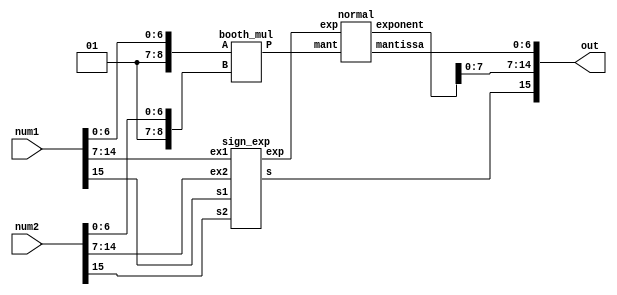
module float_mul_maskless(input [0:15] num1,input [0:15] num2,output [0:15] out);//,output wire [0:10] mask,output wire [0:9] exp);
  
    wire s1,s2;
    wire [0:7] ex1,ex2;
    wire [0:8] m1,m2;
    
    wire s;
    wire [0:9] exp;
    wire [0:10] mant;
    //wire [0:10] mask;
    wire [0:9] exponent;
    wire [0:6] mantissa;
    
    assign s1=num1[0];
    assign s2=num2[0];
    assign ex1=num1[1:8];
    assign ex2=num2[1:8];
    assign m1={2'b01,num1[9:15]};//mantissa is not signed so we add 0 so that booth multiplier considers both as positive numbers
    assign m2={2'b01,num2[9:15]};//1 is added because only decimal value is written in mantissa
    
    sign_exp se(s1,s2,ex1,ex2,s,exp);
    booth_mul bm(m1,m2,mant);
    normal nz(mant,exp,exponent,mantissa);
    
    assign out={s,exponent[2:9],mantissa};
endmodule

module sign_exp(input s1,input s2,input [0:7] ex1,input [0:7] ex2,output s,output [0:9] exp);
    assign s=s1^s2;
    assign exp={2'b0,ex1}+{2'b0,ex2}-10'd254;    
endmodule

module normal(input [0:10] mant,input [0:9] exp,output [0:9] exponent,output [0:6] mantissa);
   assign mantissa=mant[2:8];
   assign exponent=exp+1'b1+10'd127;
endmodule


module booth_mul(input wire [8:0] A,input wire [8:0] B,output wire [10:0] P);

        reg [2:0] bits[4:0];
        reg [9:0] pp[4:0];
        
        wire [8:0] A_;//minus A
        wire [15:0] pp1;
        wire [15:0] pp2;
        wire [15:0] pp3;
        wire [15:0] pp4;
        wire [15:0] pp5;
        integer m1;
        assign A_=~A+1;
        
        always@(A or B or A_) begin
        
        bits[0]={B[1],B[0],1'b0};
        bits[4]=3'b001;
        
        for(m1=1;m1<4;m1=m1+1)
            bits[m1]={B[2*m1+1],B[2*m1],B[2*m1-1]};
        
        for(m1=0;m1<5;m1=m1+1) begin
            case(bits[m1])
            
            3'b001:pp[m1]={1'b0,A};
            3'b010:pp[m1]={1'b0,A};
            3'b011:pp[m1]={A,1'b0};
            3'b100:pp[m1]={A_,1'b0};
            3'b101:pp[m1]={A_[8],A_};
            3'b110:pp[m1]={A_[8],A_};
            default:pp[m1]=0;
                        
            endcase
        end
        end
        
        assign pp1={{6{pp[0][9]}},pp[0]};
        assign pp2={{4{pp[1][9]}},pp[1],2'b0};
        assign pp3={{2{pp[2][9]}},pp[2],4'b0};
        assign pp4={pp[3],6'b0};
        assign pp5={pp[4][7:0],8'b0};
        
        assign P=pp1[15:5]+pp2[15:5]+pp3[15:5]+pp4[15:5]+pp5[15:5];
        
endmodule